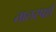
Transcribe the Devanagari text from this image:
तालस्पर्श